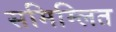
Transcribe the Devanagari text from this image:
समिम्लित